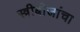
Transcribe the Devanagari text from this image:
स्त्रीबीजांचा